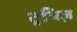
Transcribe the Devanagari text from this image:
ट्रपिज़